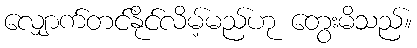
လျှောက်တင်နိုင်လိမ့်မည်ဟု တွေးမိသည်။